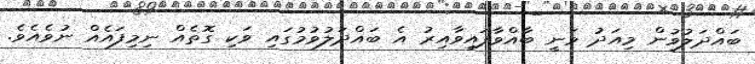
ބައްދަލުވުން މިއަދު ވަނީ ބާއްވާފައިވާއިރު އެ ބައްދަލުވުމުގައި ވަކި ގޮތެއް ނިމިފައެއް ނުވެއެވެ.